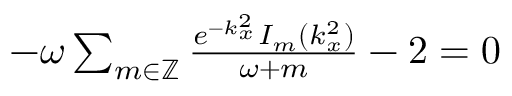
\begin{array} { r } { - \omega \sum _ { m \in \mathbb Z } \frac { e ^ { - k _ { x } ^ { 2 } } I _ { m } ( k _ { x } ^ { 2 } ) } { \omega + m } - 2 = 0 } \end{array}